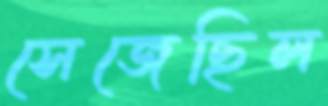
সেজেছিল